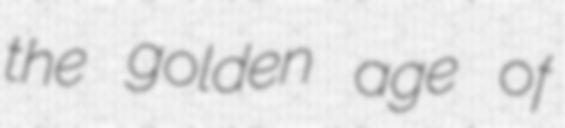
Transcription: the golden age of